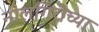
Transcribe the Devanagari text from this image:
नीलगिरीच्या